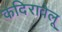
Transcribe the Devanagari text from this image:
कदिरावेलू